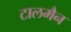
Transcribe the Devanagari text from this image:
टालमैन